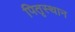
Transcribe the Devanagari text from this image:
पितृस्थान